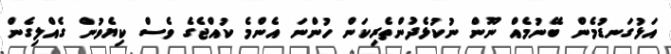
އަޅުގަނޑުމެން ބޭނުމެއް ނޫން ނުކުޅެދުންތެރިކަން ހުންނަ އެންމެ ކުއްޖެގެ ވެސް ކިޔެވުން ގެއްލިގެން